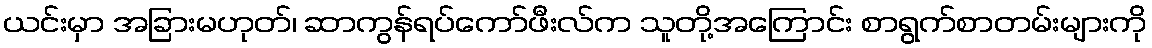
ယင်းမှာ အခြားမဟုတ်၊ ဆာကွန်ရပ်ကော်ဖီးလ်က သူတို့အကြောင်း စာရွက်စာတမ်းများကို